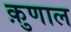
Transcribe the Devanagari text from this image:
क़ुणाल